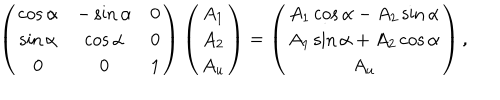
LaTeX: \left( \begin{matrix} { { \cos \alpha } } & { { - \sin \alpha } } & { { 0 } } \\ { { \sin \alpha } } & { { \cos \alpha } } & { { 0 } } \\ { { 0 } } & { { 0 } } & { { 1 } } \\ \end{matrix} \right) \left( \begin{matrix} { { A _ { 1 } } } \\ { { A _ { 2 } } } \\ { { A _ { u } } } \\ \end{matrix} \right) = \left( \begin{matrix} { { A _ { 1 } \cos \alpha - A _ { 2 } \sin \alpha } } \\ { { A _ { 1 } \sin \alpha + A _ { 2 } \cos \alpha } } \\ { { A _ { u } } } \\ \end{matrix} \right) ,